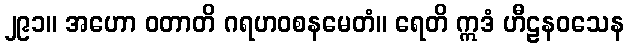
၂၉၁။ အဟော ဝတာတိ ဂရဟဝစနမေတံ။ ရေတိ ဣဒံ ဟီဠနဝသေန